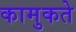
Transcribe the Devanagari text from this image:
कामुकते